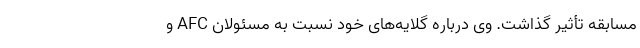
مسابقه تأثیر گذاشت. وی درباره گلایه‌های خود نسبت به مسئولان AFC و